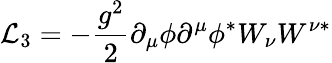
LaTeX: {\cal L}_{3}=-\frac{g^{2}}{2}\partial_{\mu}\phi\partial^{\mu}\phi^{\ast}W_{\nu}W^{\nu\ast}